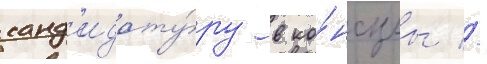
канд'идату́ру в ко́нсулы //